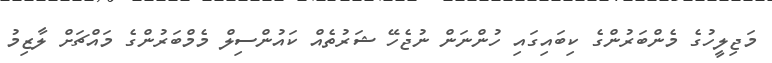
މަޖިލީހުގެ މެންބަރުންގެ ކިބައިގައި ހުންނަން ނުޖެހޭ ޝަރުތެއް ކައުންސިލް މެމްބަރުންގެ މައްޗަށް ލާޒިމު